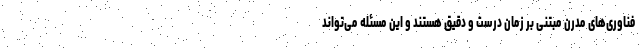
فناوری‌های مدرن مبتنی بر زمان درست و دقیق هستند و این مسئله می‌تواند